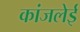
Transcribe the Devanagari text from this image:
कांजलेई